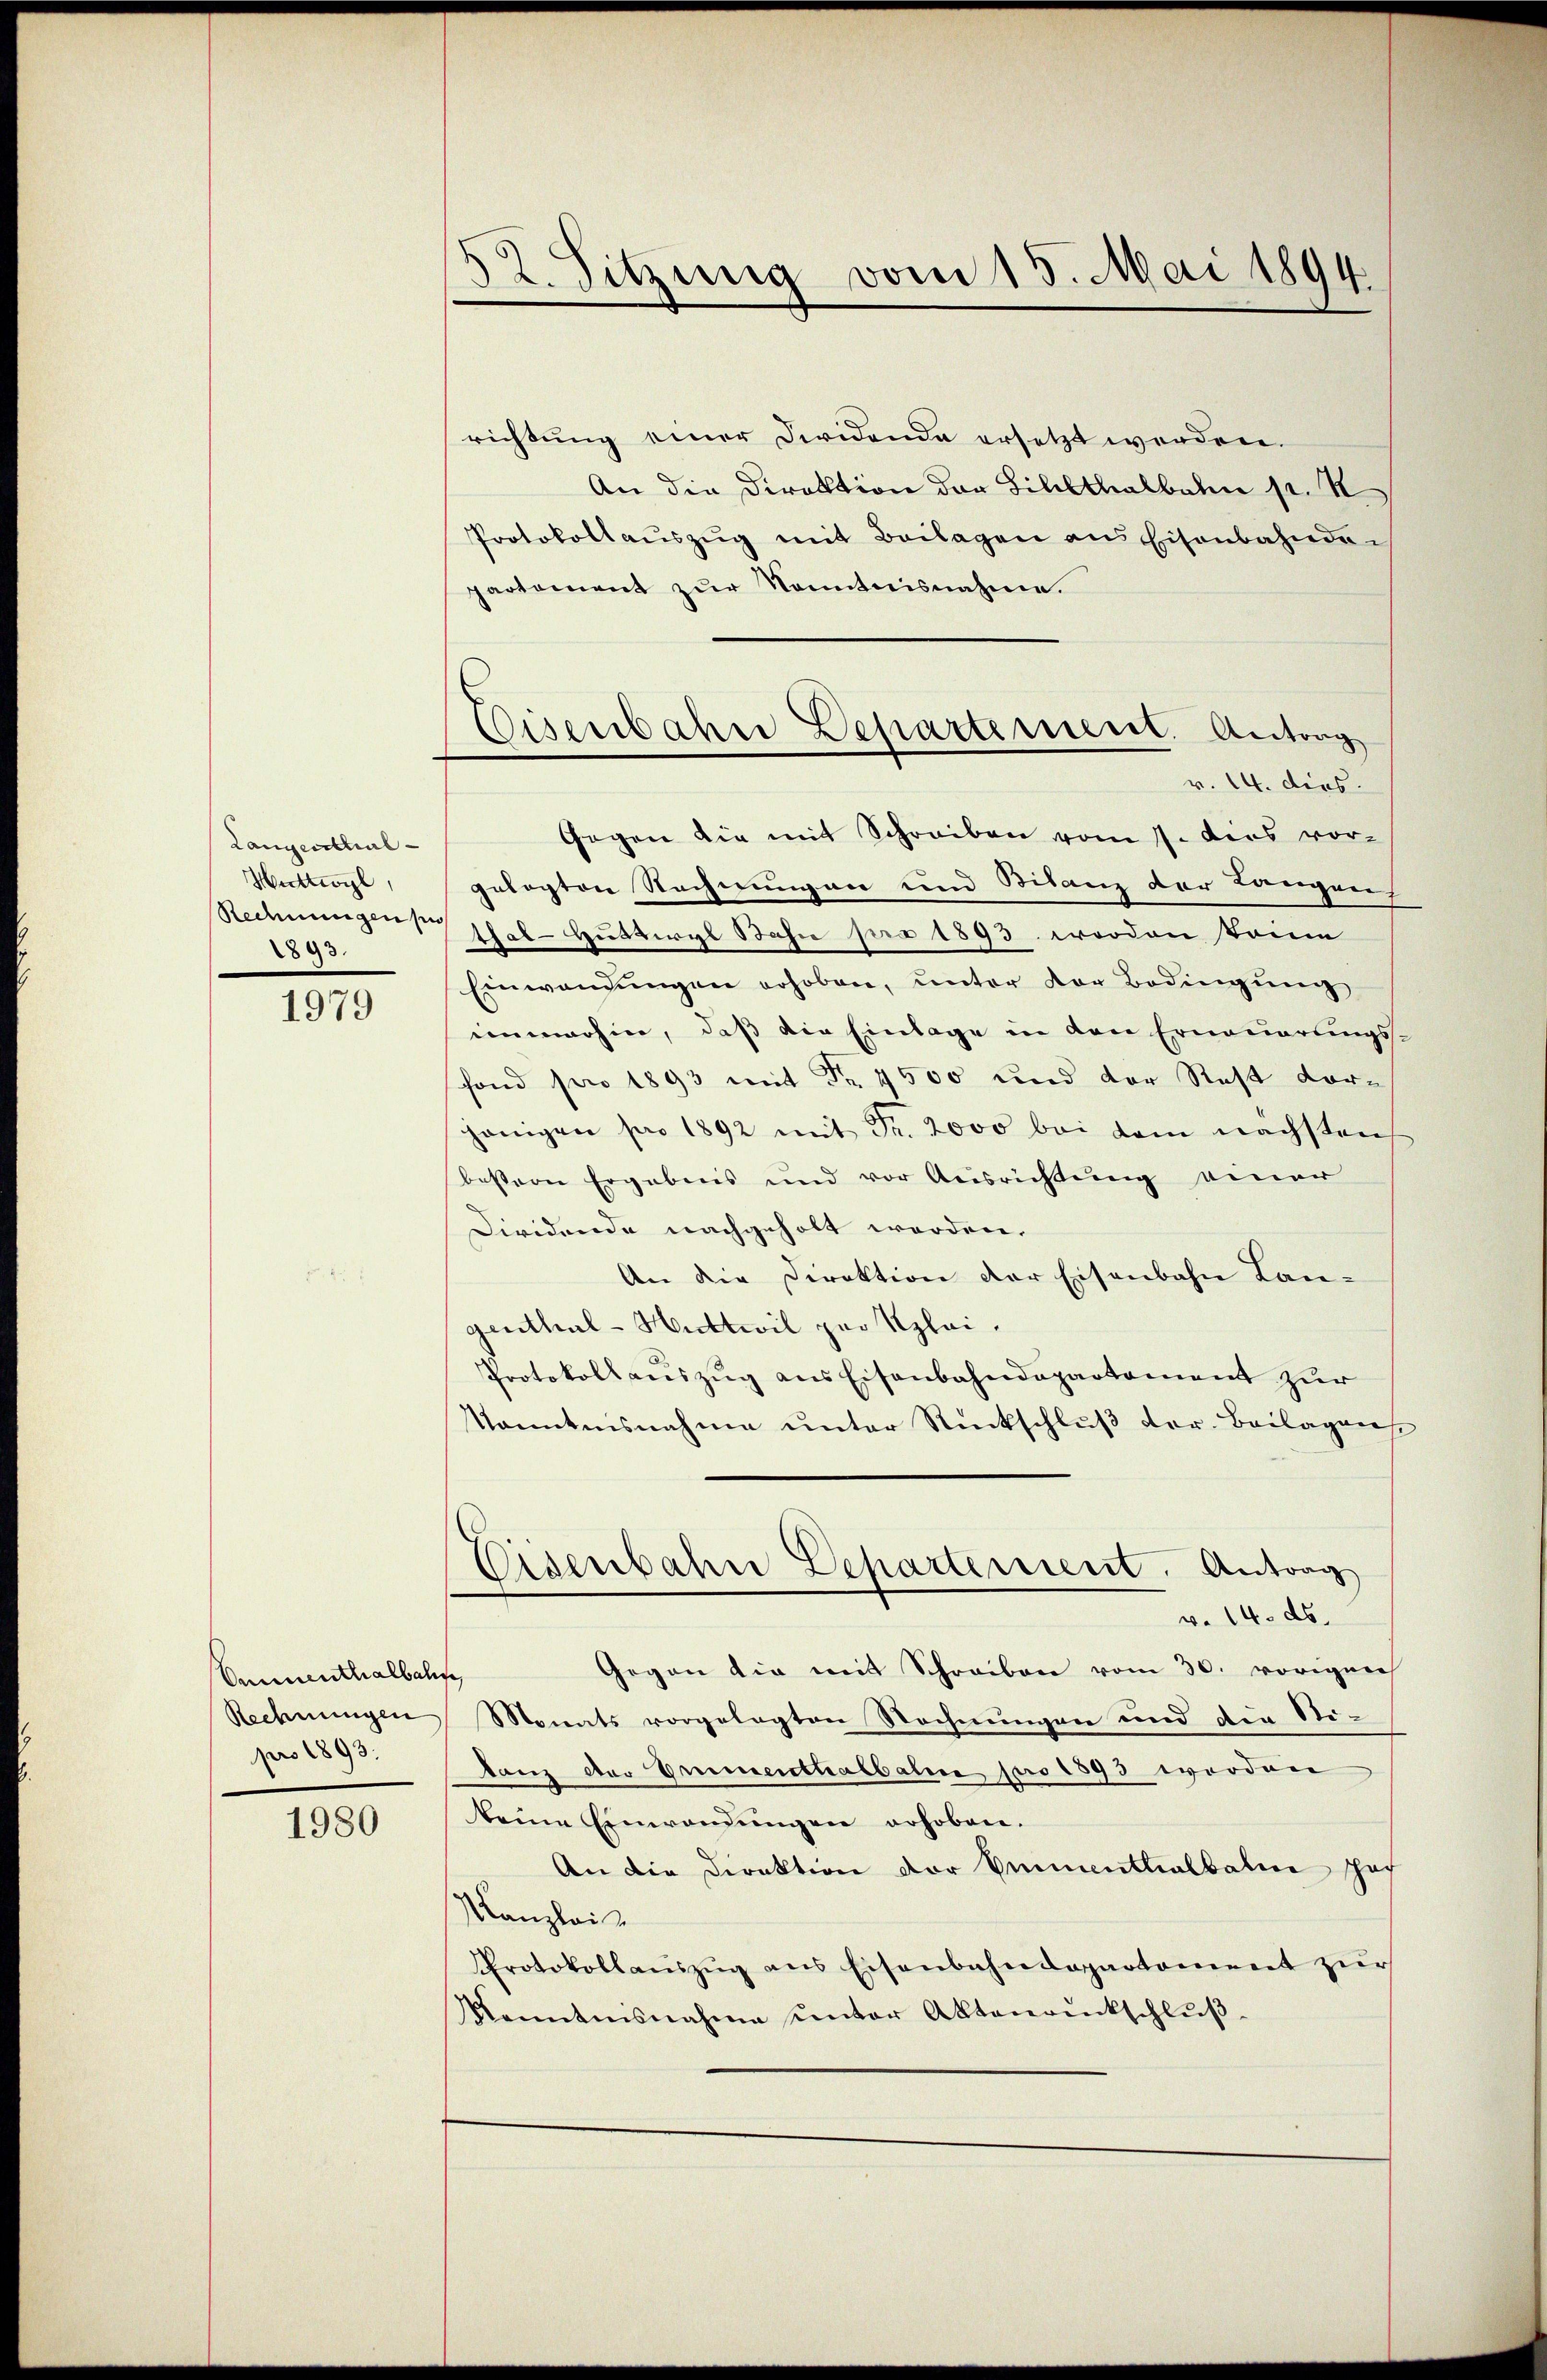
Langenthal
Huttwyl,
Redmungen sie
893.

1979

Omnenthalbah
Rechnungen
pro 1893.

1980

52. Sitzung vom 15. Mai 1894.

richtung einer Dividende ersetzt werden.
An die Direktion der Sihlthalbahn p. N
Protokollaŭszŭg mit Beilagen ans Eisenbahnde
partament zur Sonntnisnahme.
Gegen die mit Schreiben vom 7. dies vor-
gelegten Rechnungen und Bilanz der Langen
Thal - Husteral Bahn pro 1893 worden konn
Einwandŭngen erhoben, ŭnter der Bedingŭng
numerhin, daß die Einlage in den Erneuerungsfond pro 1893 mit Fr. 4500 und der Rest vorhönigen pro 1892 mit Fr. 2000 bei dem nächsten
bestern Ergebnis und vor Ausrichtung einer
Diridende nachgeholt worden.
An die Direktion der Eisenbahn Langenthal - Huttwil par Klei¬
Protokoll aŭszŭg ans Eisenbahndepartement zur
Nanntnisnahme unter Rückschluß der Beilageng
Eisenbahn Departement. Antrag
v. 14. ds.
Gegen die mit Schreiben vom 30. vorigen
Monats vorgelegten Rechnungen und den Sti-
tanz des Emmenthalbahne pro 1893 worden
keine Einwendŭngen erhoben.
An die Direktion der Emmentialbaten Jos
Kanzlei
Protokollaŭszŭg ans Eisenbahndepartement zŭr
Kenntnisnahme unter Aktenrückschlŭβ-

Eisenbahne Departement. Antrag
v. 14. dies.